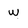
Character: w